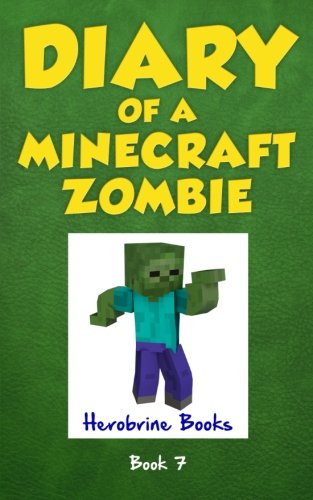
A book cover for Diary of a Minecraft Zombie Book 7: Zombie Family Reunion (An Unofficial Minecraft Book); Herobrine Books; Children's Books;